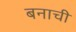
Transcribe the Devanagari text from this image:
बनाची